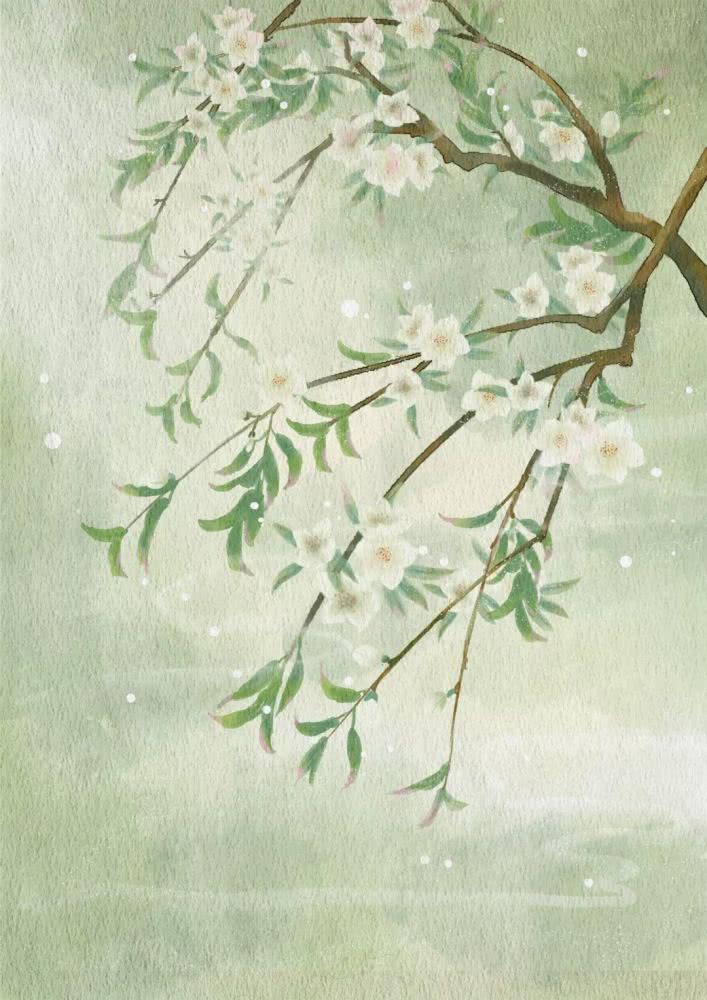
一树梨花一溪月，不知今夜属何人？